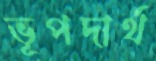
ভূপদার্থ